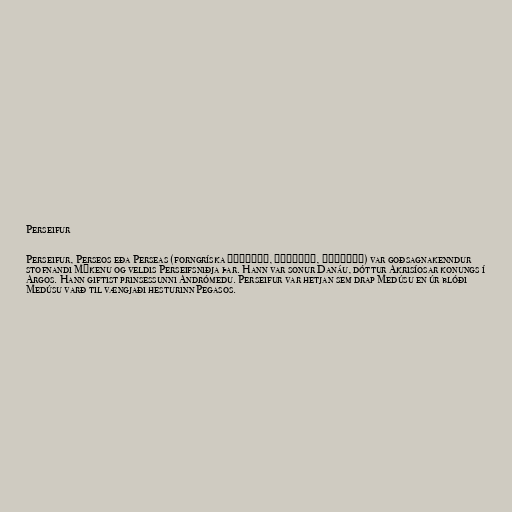
Perseifur

Perseifur, Perseos eða Perseas (forngríska Περσεύς, Περσέως, Περσέας) var goðsagnakenndur
stofnandi Mýkenu og veldis Perseifsniðja þar. Hann var sonur Danáu, dóttur Akrisíosar konungs í
Argos. Hann giftist prinsessunni Andrómedu. Perseifur var hetjan sem drap Medúsu en úr blóði
Medúsu varð til vængjaði hesturinn Pegasos.